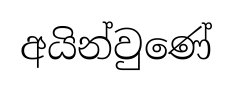
අයින්වුණේ